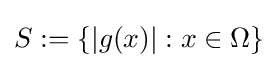
S:=\{|g(x)|:x\in \Omega \}